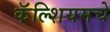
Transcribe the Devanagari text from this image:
कॅल्शियमचे